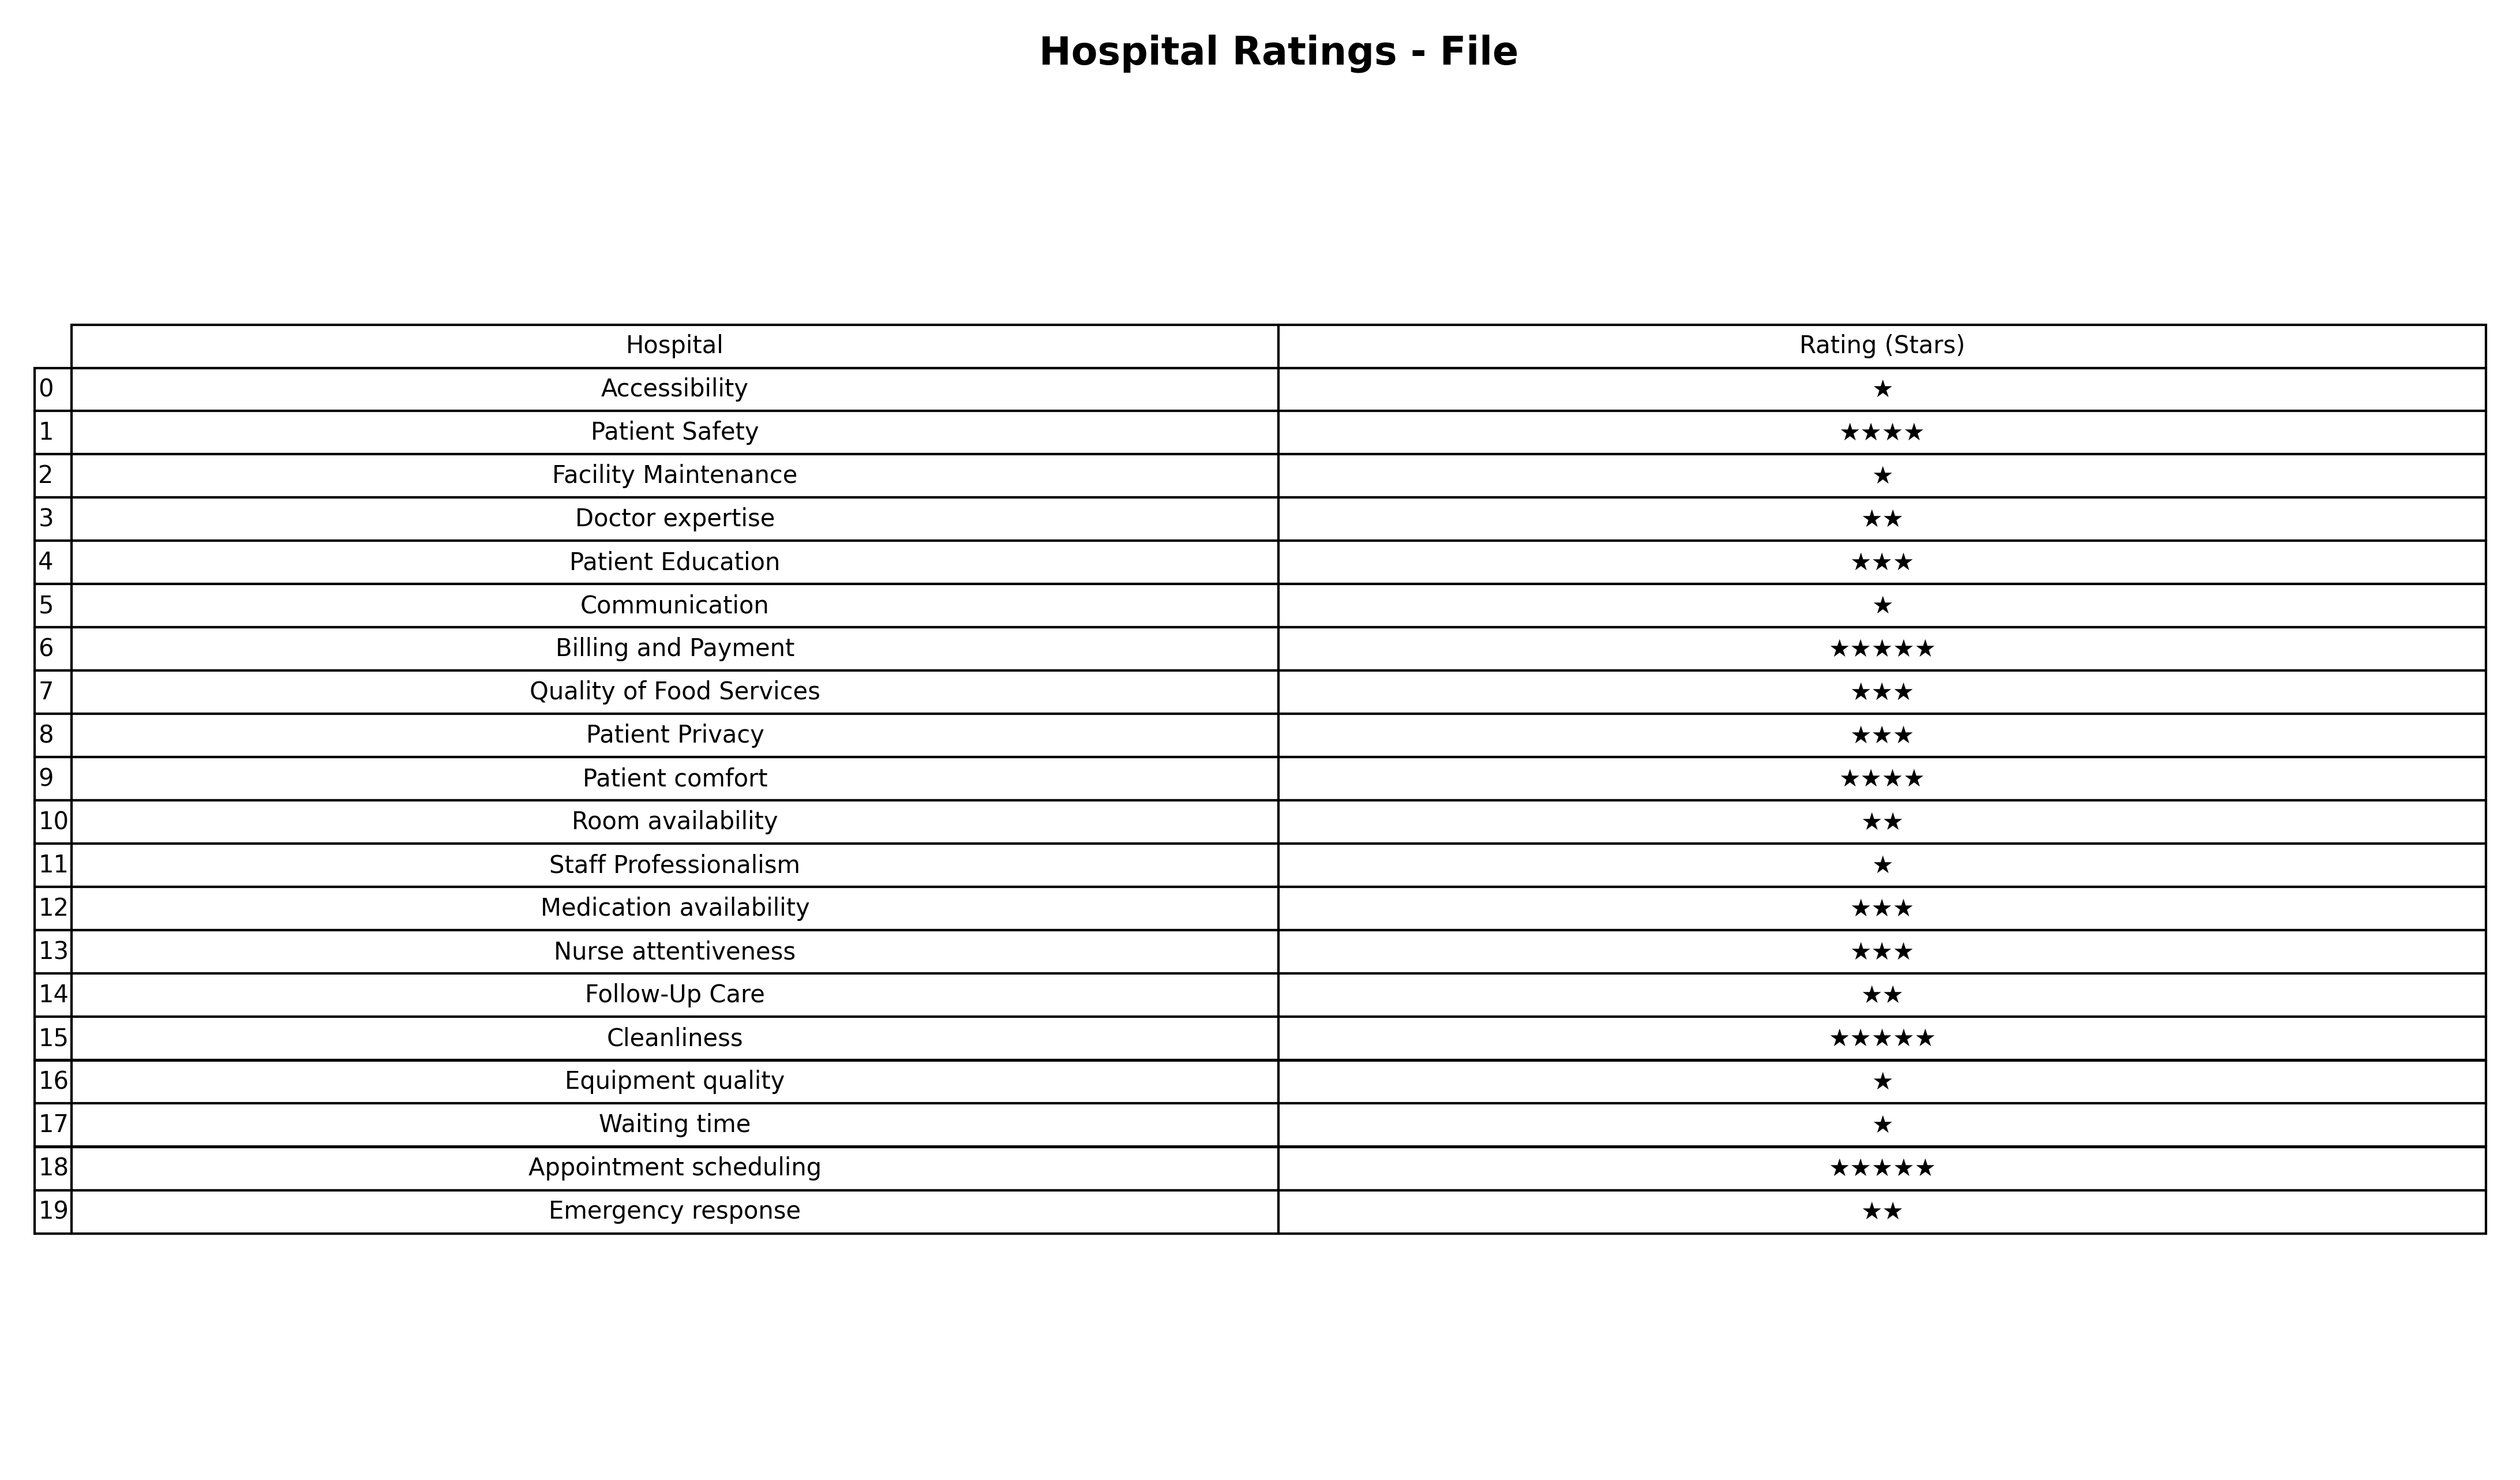
question: What are two star services?
answer: Doctor expertiseRoom availabilityFollow-Up CareEmergency response